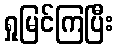
ရှုမြင်ကြပြီး